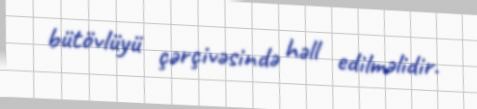
bütövlüyü çərçivəsində həll edilməlidir.